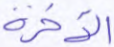
الآخرة